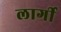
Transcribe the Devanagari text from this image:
लार्गी